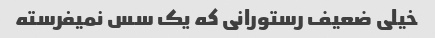
خیلی ضعیف رستورانی که یک سس نمیفرسته